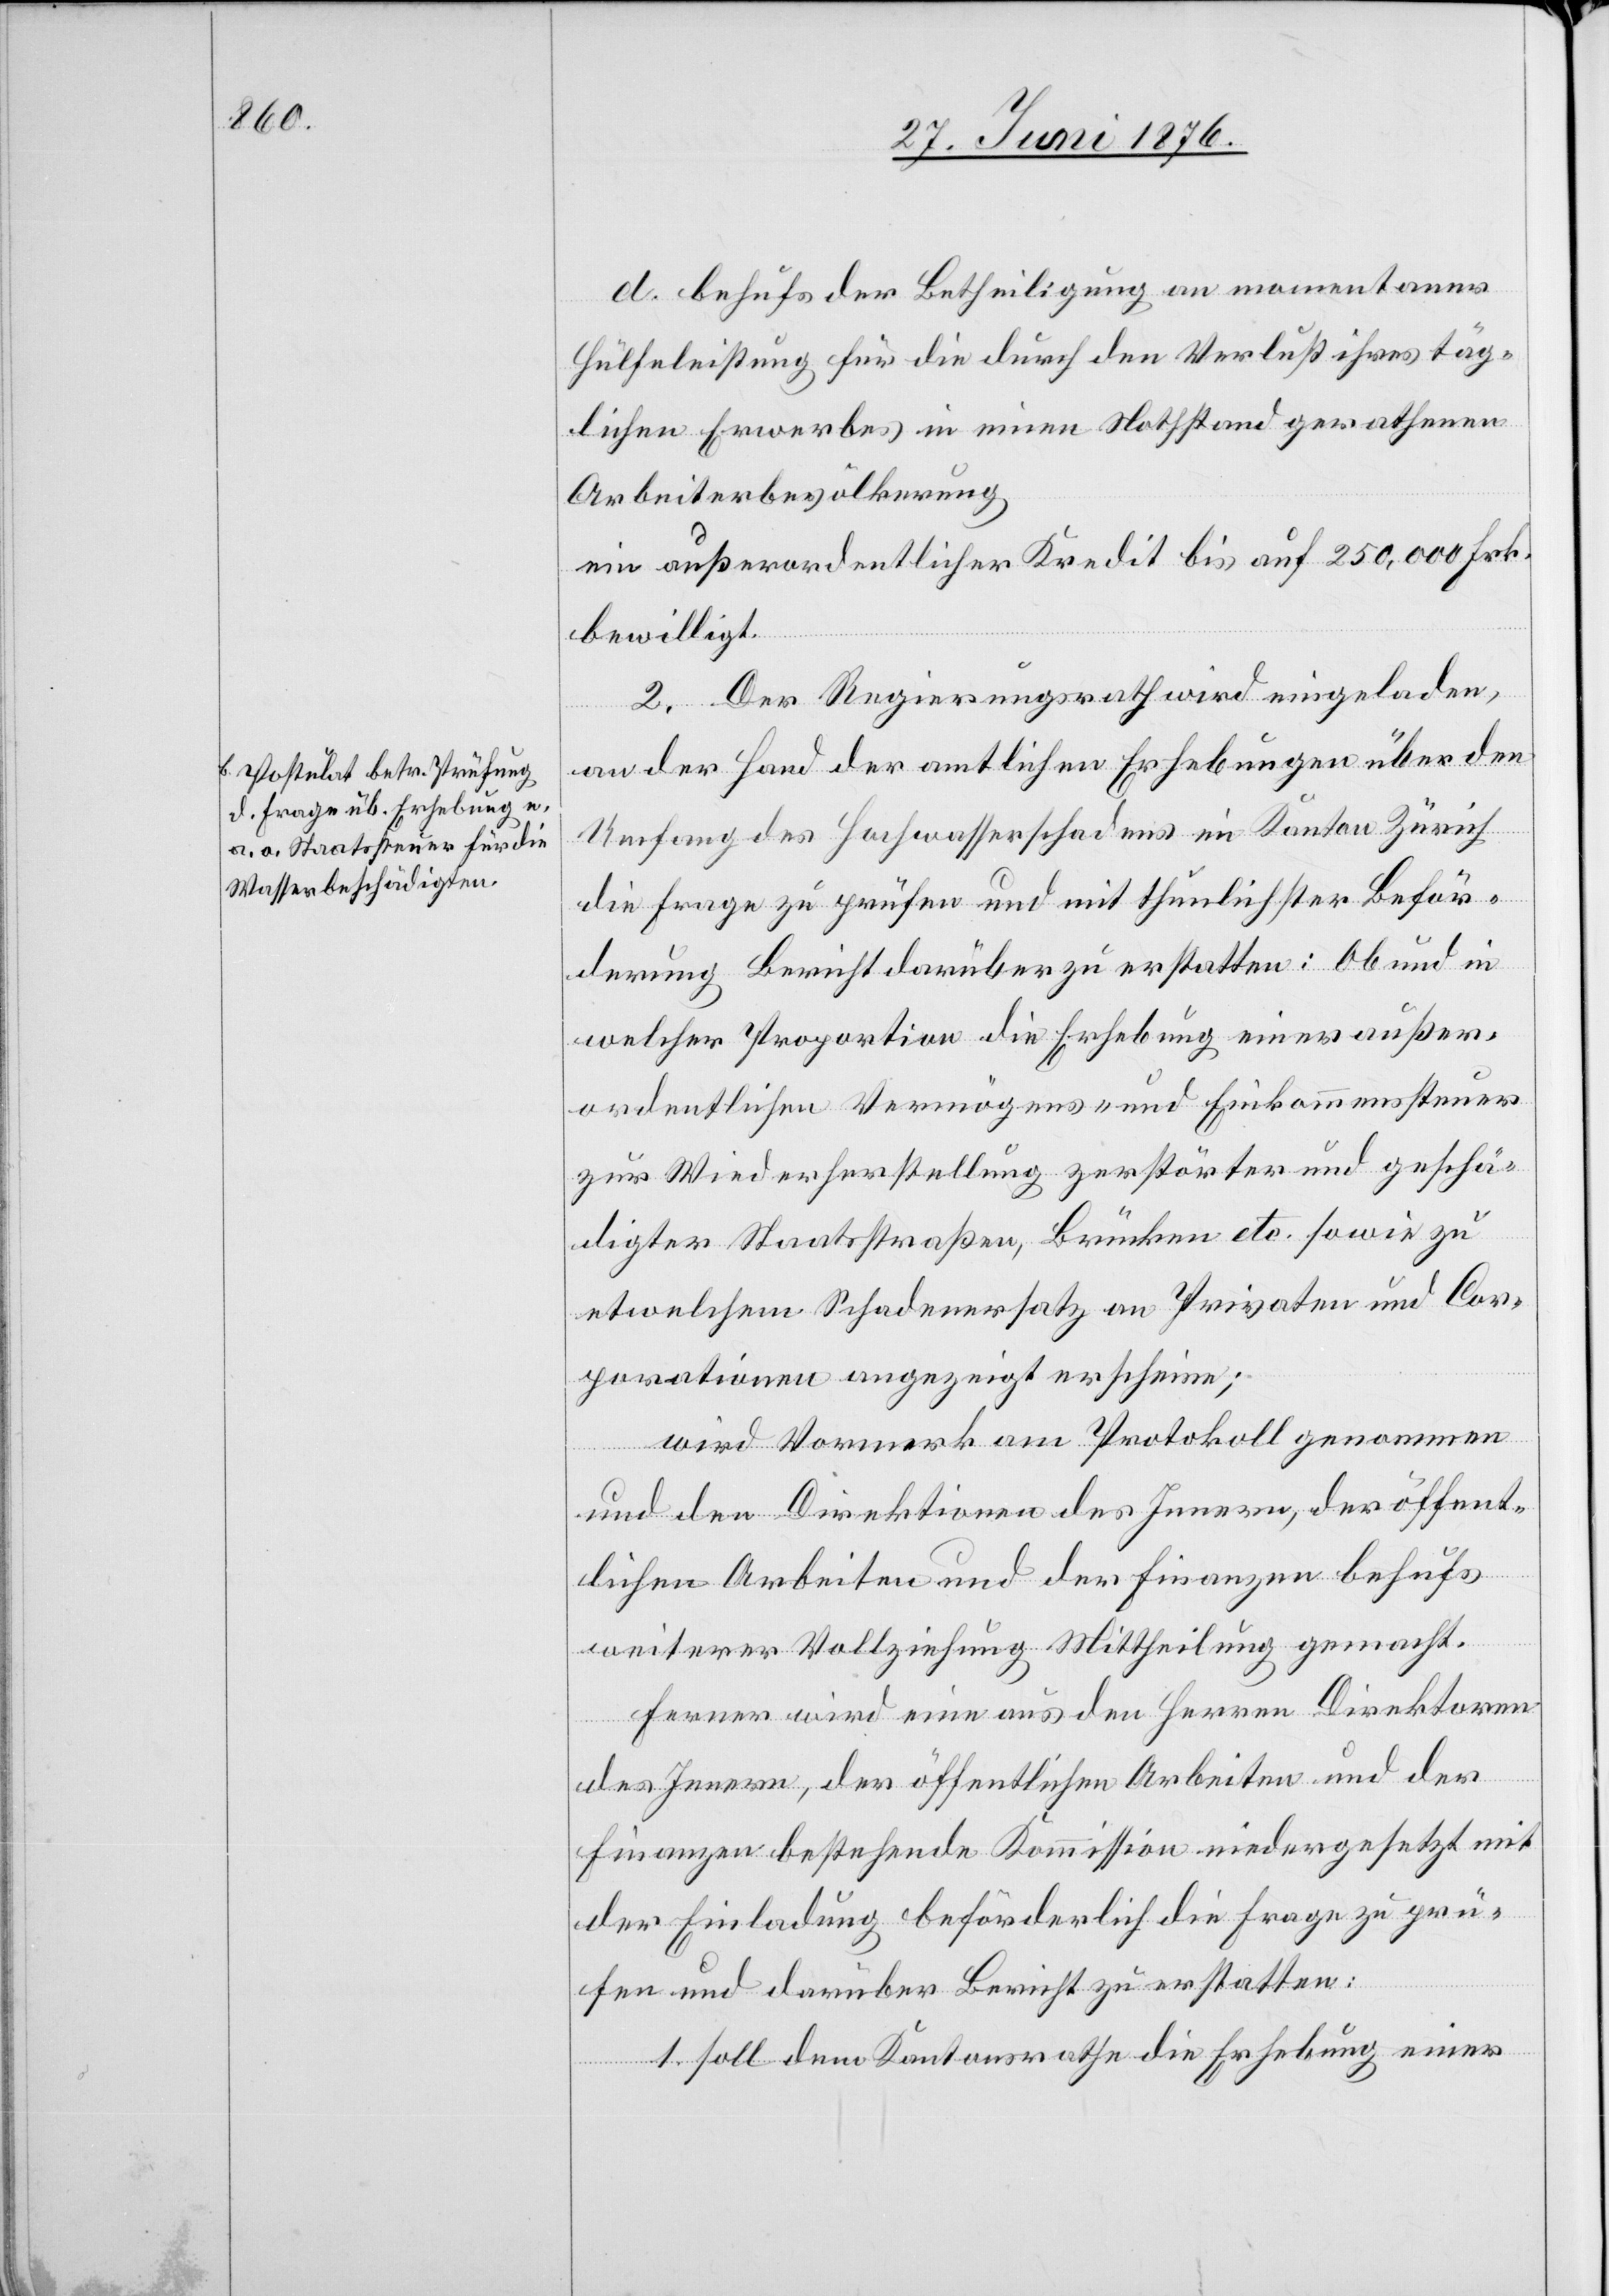
d. Behufs der Betheiligung an momentaner
Hülfeleistung für die durch den Verlust Ihres täg¬
lichen Erwerbes in einen Nothstand gerathenen
Arbeiterbevölkerung
ein außerordentlicher Kredit bis auf 250,000 Frk.
bewilligt.
2. Der Regierungsrath wird eingeladen,
ine;
an der Hand der amtlichen Erhebungen über den
Umfang des Hochwasserschadens im Kanton Zürich
die Frage zu prüfen und mit thunlichster Beför¬
derung Bericht darüber zu erstatten: Ob und in
welcher Proportion die Erhebung einer außer¬
ordentlichen Vermögens- und Einkommenssteuer
zur Wiederherstellung zerstörter und geschä¬
digter Staatsstraßen, Brücken etc. sowie zu
etwelchem Schadenersatz und Corporationen an¬
wird Vormerk am Protokoll genommen
und den Direktionen des Innern, der öffent¬
lichen Arbeiten und der Finanzen behufs
weiterer Vollziehung Mittheilung gemacht.
Ferner wird eine aus den Herren Direktoren
des Innern, der öffentlichen Arbeiten und der
Finanzen bestehende Kommission niedergesetzt mit
der Einladung beförderlich die Frage zu prü¬
fen und darüber Bericht zu erstatten:
1. Soll dem Kantonsrathe die Erhebung einer